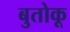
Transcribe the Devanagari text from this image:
बुतोकू